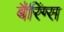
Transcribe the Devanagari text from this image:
बैरिंग्स